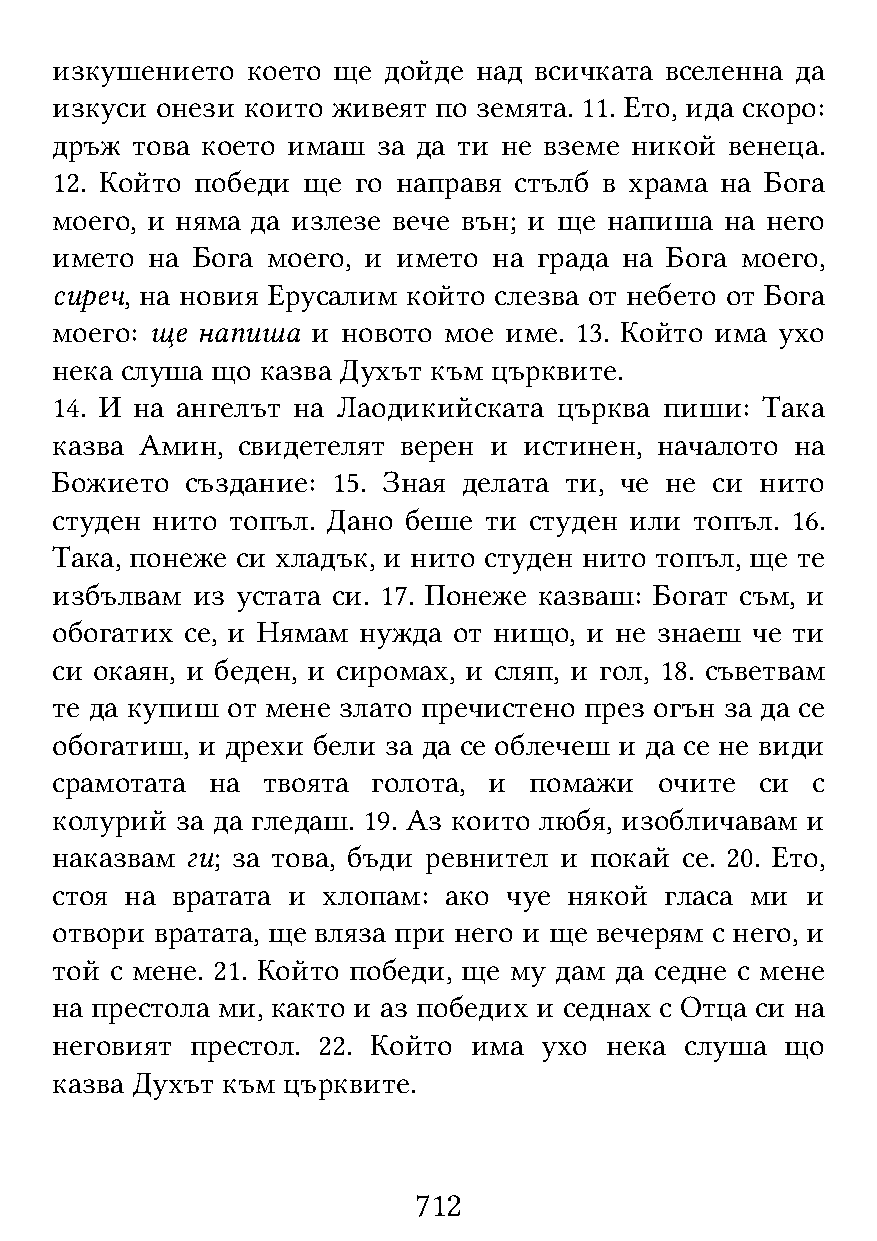
изкушението  което ще дойде над всичката вселенна да
 изкуси онези които живеят по земята. 11. Ето, ида скоро:
 дръж  това което имаш за да ти не вземе никой венеца.
 12. Който победи ще  го направя стълб в храма на Бога
 моего, и няма да излезе вече вън; и ще напиша на него
 името  на Бога моего, и името на града на Бога моего,
 сиреч, на новия Ерусалим който слезва от небето от Бога
 моего: ще напиша  и новото мое име. 13. Който има ухо
 нека слуша що казва Духът към църквите.
 14. И на ангелът на Лаодикийската църква пиши: Така
 казва Амин,  свидетелят верен и истинен, началото на
 Божието  създание: 15. Зная делата ти, че не си нито
 студен нито топъл. Дано беше ти студен или топъл. 16.
 Така, понеже си хладък, и нито студен нито топъл, ще те
 избълвам  из устата си. 17. Понеже казваш: Богат съм, и
 обогатих се, и Нямам нужда от нищо, и не знаеш че ти
 си окаян, и беден, и сиромах, и сляп, и гол, 18. съветвам
 те да купиш от мене злато пречистено през огън за да се
 обогатиш, и дрехи бели за да се облечеш и да се не види
 срамотата  на твоята  голота, и помажи   очите си  с
 колурий  за да гледаш. 19. Аз които любя, изобличавам и
 наказвам ги; за това, бъди ревнител и покай се. 20. Ето,
 стоя на вратата и хлопам: ако чуе  някой гласа ми и
 отвори вратата, ще вляза при него и ще вечерям с него, и
 той с мене. 21. Който победи, ще му дам да седне с мене
 на престола ми, както и аз победих и седнах с Отца си на
 неговият  престол. 22. Който има ухо нека слуша  що
 казва Духът към църквите.
 712